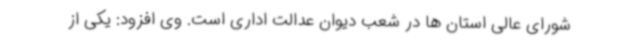
شورای عالی استان ها در شعب دیوان عدالت اداری است. وی افزود: یکی از